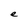
Character: e